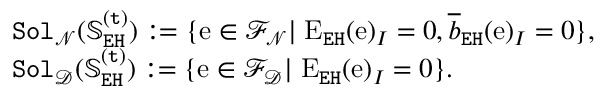
\begin{array} { r l } & { \mathtt { S o l } _ { \mathcal { N } } ( \mathbb { S } _ { \mathtt { E H } } ^ { \mathtt { ( t ) } } ) : = \{ \mathrm { e } \in \mathcal { F } _ { \mathcal { N } } | \; \mathrm { E } _ { \mathtt { E H } } ( \mathrm { e } ) _ { I } = 0 , \overline { { b } } _ { \mathtt { E H } } ( \mathrm { e } ) _ { I } = 0 \} , } \\ & { \mathtt { S o l } _ { \mathcal { D } } ( \mathbb { S } _ { \mathtt { E H } } ^ { \mathtt { ( t ) } } ) : = \{ \mathrm { e } \in \mathcal { F } _ { \mathcal { D } } | \; \mathrm { E } _ { \mathtt { E H } } ( \mathrm { e } ) _ { I } = 0 \} . } \end{array}